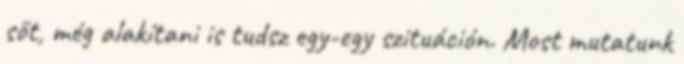
sőt, még alakítani is tudsz egy-egy szituáción. Most mutatunk